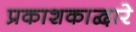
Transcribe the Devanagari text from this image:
प्रकाशकाद्वारे